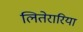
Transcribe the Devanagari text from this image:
लितेरारिया